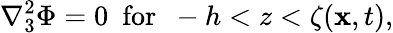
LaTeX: \nabla_{3}^{2}\Phi=0~~\textrm{for}~~-h<z<\zeta(\mathbf{x},t),